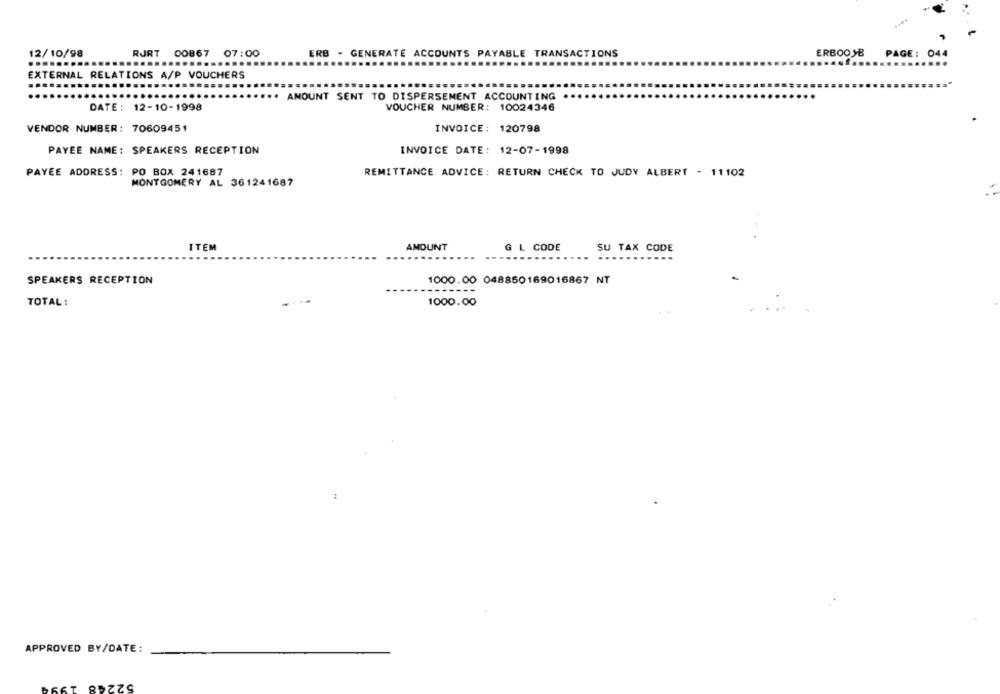
12/10/98
RJRT 00867 07:00
ERB - GENERATE ACCOUNTS PAYABLE TRANSACTIONS
ERBOOSB
PAGE: 044
.....
...
EXTERNAL RELATIONS A/P VOUCHERS
AMOUNT SENT TO DISPERSEMENT ACCOUNTING
DATE : 12-10-1998
VOUCHER NUMBER: 10024346
VENDOR NUMBER: 70609451
INVOICE: 120798
PAYEE NAME: SPEAKERS RECEPTION
INVOICE DATE: 12-07-1998
PAYEE ADDRESS: PO BOX 241687
REMITTANCE ADVICE: RETURN CHECK TO JUDY ALBERT - 11102
MONTGOMERY AL 361241687
ITEM
AMOUNT
G L CODE
SU TAX CODE
SPEAKERS RECEPTION
1000.00 048850169016867 NT
TOTAL :
1000.00
APPROVED BY/DATE: